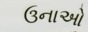
ઉનાઓ